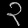
Digit: ၃